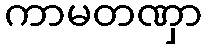
ကာမတဏှာ